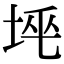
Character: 𡋸